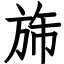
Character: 旆